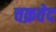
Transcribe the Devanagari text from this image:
चक्रवेद